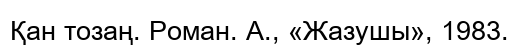
Қан тозаң. Роман. А., «Жазушы», 1983.